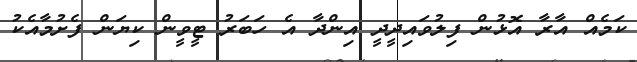
ކަމެއް އާރާ އޮޅުން ފިލުވައިދީދީ އިންދާ އެ ހަބަރު ޓީވީން ކިޔަން ފެށުމާއެކު